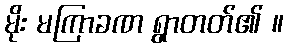
မိုး မကြာခဏ ရွာတတ်၏ ။